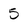
Character: 5